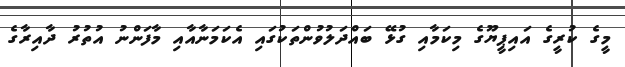
މީގެ ކުރީގެ އައިޕީޔޫގެ މިކަމާއި ގުޅޭ ބައްދަލުވުންތަކުގައި އެކަމަނާއާއި މާފަންނު އުތުރު ދާއިރާގެ